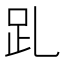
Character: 𧾹